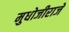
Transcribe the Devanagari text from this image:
मुधोजीराजे